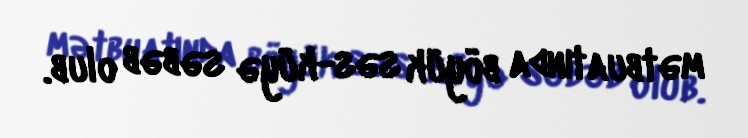
mətbuatında böyük səs-küyə səbəb olub.